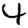
Digit: 4